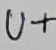
Text: U+